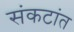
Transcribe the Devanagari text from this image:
संकटांत